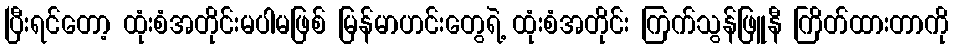
ပြီးရင်တော့ ထုံးစံအတိုင်းမပါမဖြစ် မြန်မာဟင်းတွေရဲ့ ထုံးစံအတိုင်း ကြက်သွန်ဖြူနီ ကြိတ်ထားတာကို